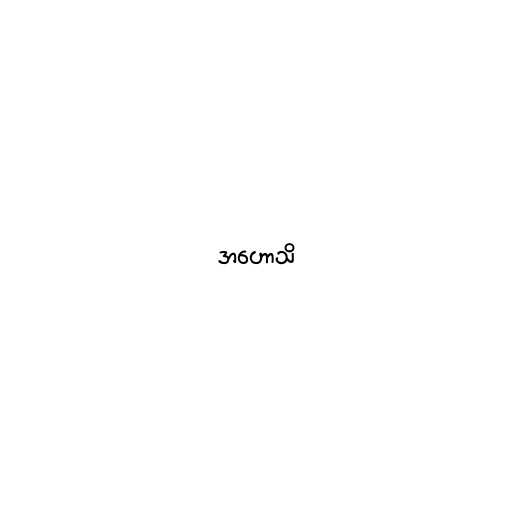
အဟောသိ